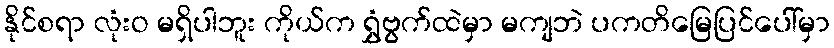
နိုင်စရာ လုံးဝ မရှိပါဘူး ကိုယ်က ရွှံဗွက်ထဲမှာ မကျဘဲ ပကတိမြေပြင်ပေါ်မှာ